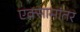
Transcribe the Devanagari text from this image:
एक्सामांतर